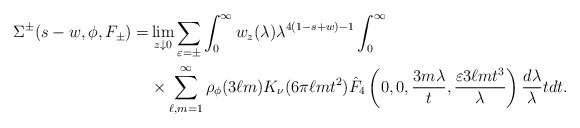
\begin{align*} \Sigma^{\pm}(s-w, \phi, F_{\pm})=&\lim_{z \downarrow 0} \sum_{\varepsilon = \pm } \int_0^\infty w_z(\lambda)\lambda^{4(1-s+w)-1} \int_0^\infty\\ &\times \sum_{\ell, m=1}^\infty \rho_\phi(3\ell m)K_\nu(6\pi \ell m t^2)\hat{F}_4\left(0,0, \frac{3m\lambda}{t}, \frac{\varepsilon 3\ell m t^3}{\lambda} \right)\frac{d\lambda}{\lambda} tdt.\end{align*}